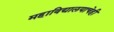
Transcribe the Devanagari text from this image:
महाविद्यालयाचेही